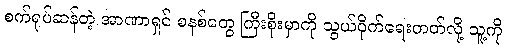
စက်ရုပ်ဆန်တဲ့ အာဏာရှင် စနစ်တွေ ကြီးစိုးမှာကို သွယ်ဝိုက်ရေးတတ်လို့ သူ့ကို